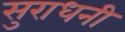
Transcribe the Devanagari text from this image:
सुराधनी